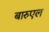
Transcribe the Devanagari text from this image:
बारुएल